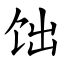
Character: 饳